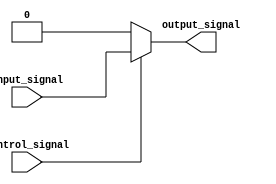
module active_high_buffer (
    input input_signal,
    input control_signal,
    output reg output_signal
);

always @ (input_signal, control_signal)
begin
    if (control_signal == 1'b1)
    begin
        output_signal = input_signal;
    end
    else
    begin
        output_signal = 1'b0;
    end
end

endmodule